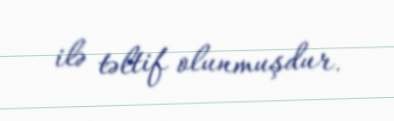
ilə təltif olunmuşdur.